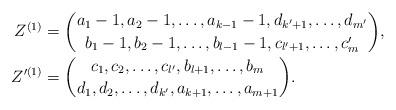
LaTeX: \begin{align*}Z^{(1)} &= \binom{a_1-1,a_2-1,\ldots,a_{k-1}-1,d_{k'+1},\ldots,d_{m'}}{b_1-1,b_2-1,\ldots,b_{l-1}-1,c_{l'+1},\ldots,c_m'}, \\Z'^{(1)} &=\binom{c_1,c_2,\ldots,c_{l'},b_{l+1},\ldots,b_{m}}{d_1,d_2,\ldots,d_{k'},a_{k+1},\ldots,a_{m+1}}.\end{align*}